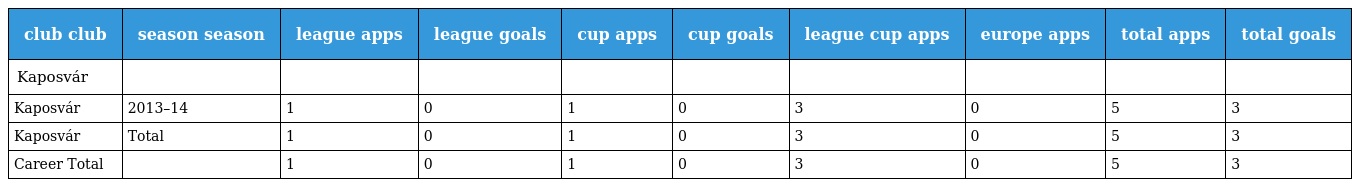
| club club | season season | league apps | league goals | cup apps | cup goals | league cup apps | europe apps | total apps | total goals |
 | --- | --- | --- | --- | --- | --- | --- | --- | --- | --- |
 | Kaposvár |  |  |  |  |  |  |  |  |  |
 | Kaposvár | 2013–14 | 1 | 0 | 1 | 0 | 3 | 0 | 5 | 3 |
 | Kaposvár | Total | 1 | 0 | 1 | 0 | 3 | 0 | 5 | 3 |
 | Career Total |  | 1 | 0 | 1 | 0 | 3 | 0 | 5 | 3 |